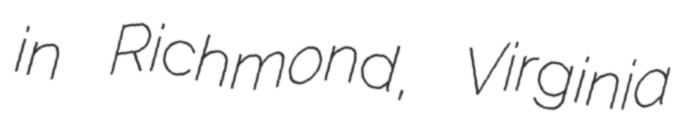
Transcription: in Richmond, Virginia